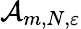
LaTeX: \mathcal{A}_{m,N,\varepsilon}